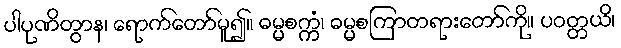
ပါပုဏိတွာန၊ ရောက်တော်မူ၍။ ဓမ္မစက္ကံ၊ ဓမ္မစကြာတရားတော်ကို။ ပဝတ္တယိ၊